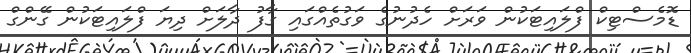
ޑޮމެސްޓިކް ފްލައިޓަކުން ވަރަށް ހެދުނުގެ ވަގުތެއްގައި ގާފު ދާލަށް ދިޔަ ފްލައިޓަކުން ގޭންގް